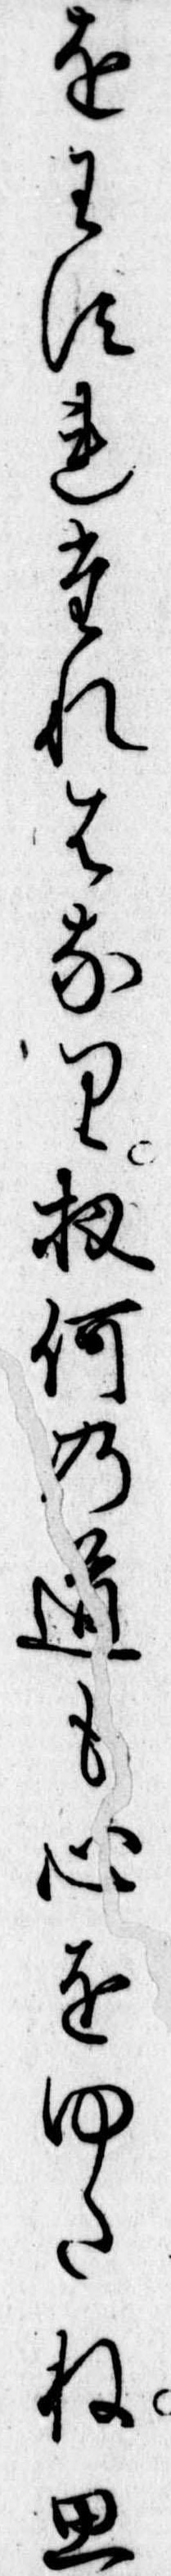
をわすれたれはなり扨何の道も心をゆたね思